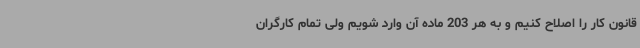
قانون کار را اصلاح کنیم و به هر 203 ماده آن وارد شویم ولی تمام کارگران